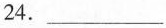
24.___